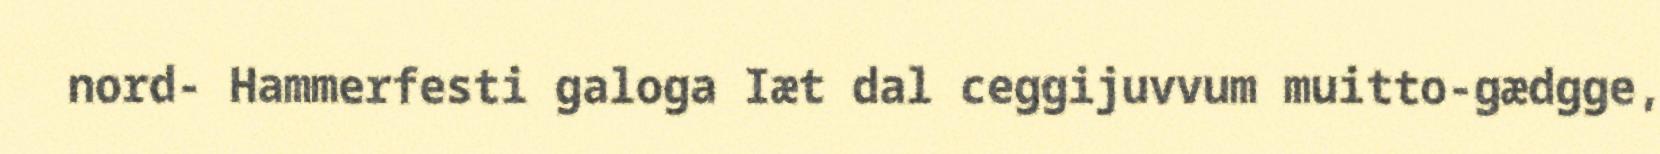
nord- Hammerfesti galoga Iæt dal ceggijuvvum muitto-gædgge,